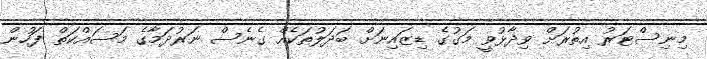
މިނިސްޓަރު އިތުރަށް ވިދާޅުވީ މަގުގެ ޑިޒައިނަށް ބަދަލުތަކެއް ގެނެސް ނަރުދަމާގެ މަސައްކަތް ފަހުން